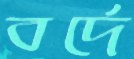
বর্দে